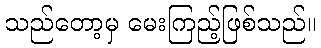
သည်တော့မှ မေးကြည့်ဖြစ်သည်။